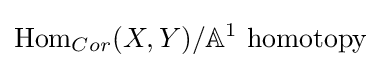
{\text{Hom}}_{Cor}(X,Y)/\mathbb {A} ^{1}{\text{ homotopy}}